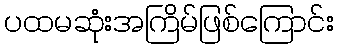
ပထမဆုံးအကြိမ်ဖြစ်ကြောင်း